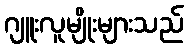
ဂျူးလူမျိုးများသည်